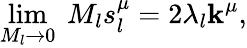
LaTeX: \operatorname*{lim}_{M_{l}\to0}~M_{l}s_{l}^{\mu}=2\lambda_{l}\mathbf{k}^{\mu},